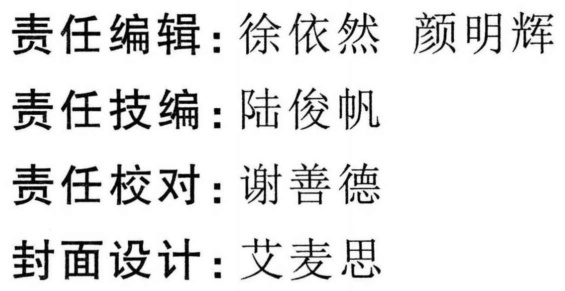
责任编辑：徐依然 颜明辉
责任技编：陆俊帆
责任校对：谢善德
封面设计：艾麦思